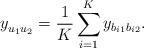
LaTeX: \begin{align*}y_{u_1u_2}^{}=\frac{1}{K}\sum_{i=1}^{K}y_{b_{i1}b_{i2}}.\end{align*}